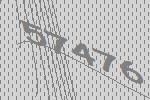
57476